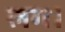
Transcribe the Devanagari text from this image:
लग।